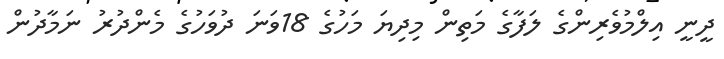
ދީނީ އިލްމުވެރިންގެ ލަފާގެ މަތިން މިދިޔަ މަހުގެ 18ވަނަ ދުވަހުގެ މެންދުރު ނަމާދުން